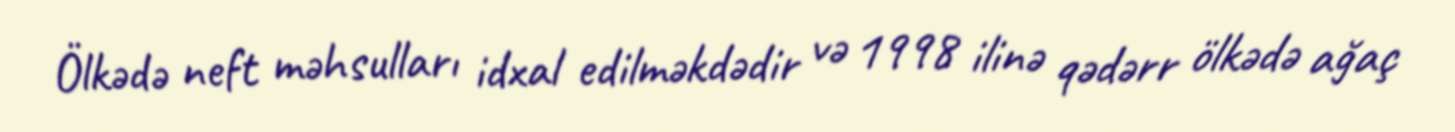
Ölkədə neft məhsulları idxal edilməkdədir və 1998 ilinə qədərr ölkədə ağaç